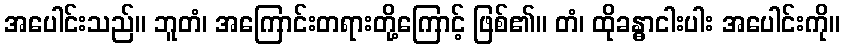
အပေါင်းသည်။ ဘူတံ၊ အကြောင်းတရားတို့ကြောင့် ဖြစ်၏။ တံ၊ ထိုခန္ဓာငါးပါး အပေါင်းကို။